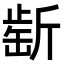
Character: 𣂶